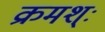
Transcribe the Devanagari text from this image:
क्रमश्ः